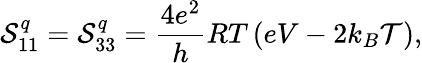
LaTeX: {\mathcal{S}_{11}^{q}=\mathcal{S}_{33}^{q}=\frac{{4e^{2}}}{{h}}RT\left(eV-2k_{B}\mathcal{{T}}\right)},